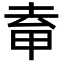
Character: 𭻈